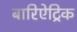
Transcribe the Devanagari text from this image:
बारिऐट्रिक